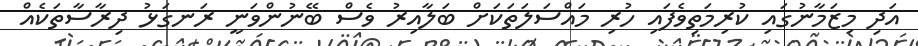
އަދި މިޒަމާނުގައި ކުރިމަތިވެފައި ހުރި މައްސަލަތަކަށް ބަލާއިރު ވެސް ބޭނުންވަނީ ރަނގަޅު ދިރާސާތަކެއް